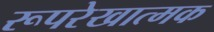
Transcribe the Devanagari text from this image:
रूपरेखात्मक